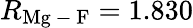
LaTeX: R_{\mathrm{Mg\mathrm{~-~}F}}=1.830